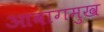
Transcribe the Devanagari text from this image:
आवांगमुख